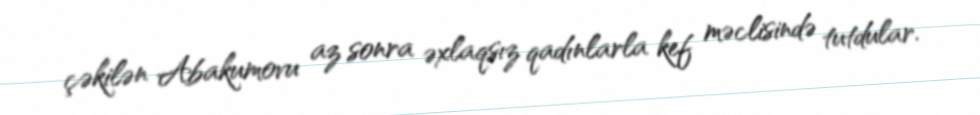
çəkilən Abakumovu az sonra əxlaqsız qadınlarla kef məclisində tutdular.